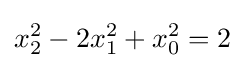
x_{2}^{2}-2x_{1}^{2}+x_{0}^{2}=2